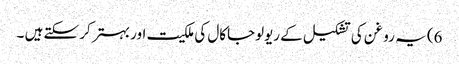
6) یہ روغن کی تشکیل کے ریولوجاکال کی ملکیت اور بہتر کر سکتے ہیں ۔